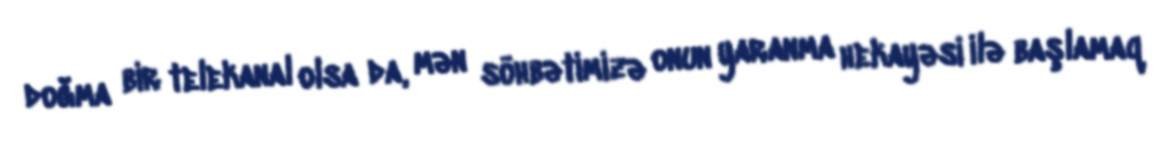
doğma bir telekanal olsa da, mən söhbətimizə onun yaranma hekayəsi ilə başlamaq